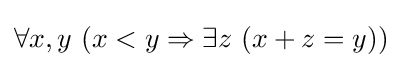
\forall x,y\ (x<y\Rightarrow \exists z\ (x+z=y))